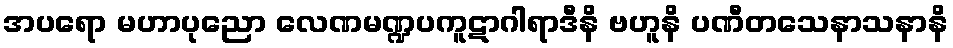
အပရော မဟာပုညော လေဏမဏ္ဍပကူဋာဂါရာဒီနိ ဗဟူနိ ပဏီတသေနာသနာနိ